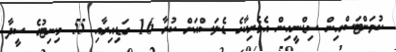
ކުވަންޓަސްއިން ސިޑްނީއިން އެމެރިކާގެ ޑެލަސްއަށް ކުރާ 16 ގަޑިއިރާއި 55 މިނިޓުގެ ސީދާ